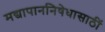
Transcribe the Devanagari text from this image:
मद्यापाननिषेधासाठीं